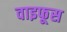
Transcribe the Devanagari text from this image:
वाइफूस